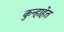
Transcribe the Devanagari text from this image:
कुन्हाहेत